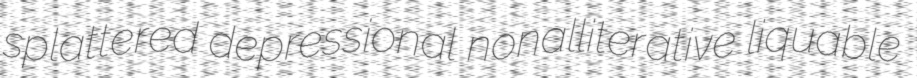
splattered depressional nonalliterative liquable